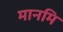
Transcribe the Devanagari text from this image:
मानमि